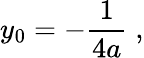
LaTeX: y_{0}=-{\frac{1}{4a}}\; ,